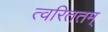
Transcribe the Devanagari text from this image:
त्वरिततम्